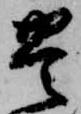
豊